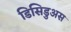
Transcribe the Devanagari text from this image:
डिसिडुअस